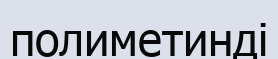
полиметинді